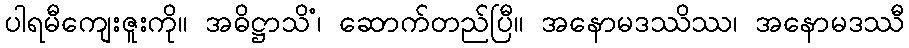
ပါရမီကျေးဇူးကို။ အဓိဋ္ဌာသိံ၊ ဆောက်တည်ပြီ။ အနောမဒဿိဿ၊ အနောမဒဿီ